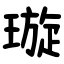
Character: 璇